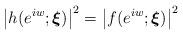
LaTeX: \begin{align*}\left\vert h(e^{iw};\boldsymbol{\xi })\right\vert ^{2}=\left\vert f(e^{iw};\boldsymbol{\xi })\right\vert ^{2}\end{align*}